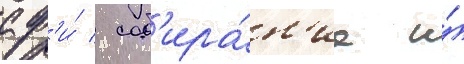
сф'и́ / соб'ира́н'ие и́